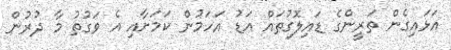
އަޅައިގެން ތަރީންގެ ޑައިލޮގުތައް އަޑު އަހަމުން ކަމަށާއި އެ ވަގުތު މާ ދުރުން